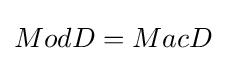
ModD=MacD